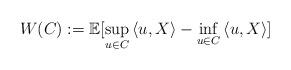
LaTeX: \begin{align*}W(C):=\mathbb{E}[\sup_{u\in C}\left<u,X\right>-\inf_{u\in C}\left<u,X\right>]\end{align*}